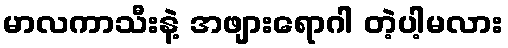
မာလကာသီးနဲ့ အဖျားရောဂါ တဲ့ပါ့မလား